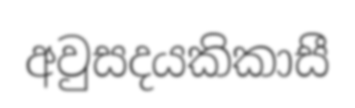
අවුසදයකිකාසී